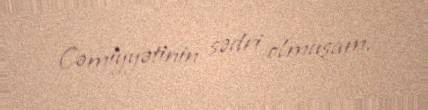
Cəmiyyətinin sədri olmuşam.